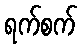
ရက်စက်